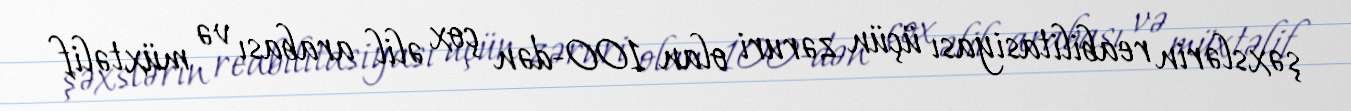
şəxslərin reabilitasiyası üçün zəruri olan 100-dən çox əlil arabası və müxtəlif